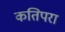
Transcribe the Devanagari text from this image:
कतिपरा